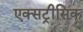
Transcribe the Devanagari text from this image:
एक्सट्रीसिक